Report of the King Institute of Preventive Medicine, Guindy
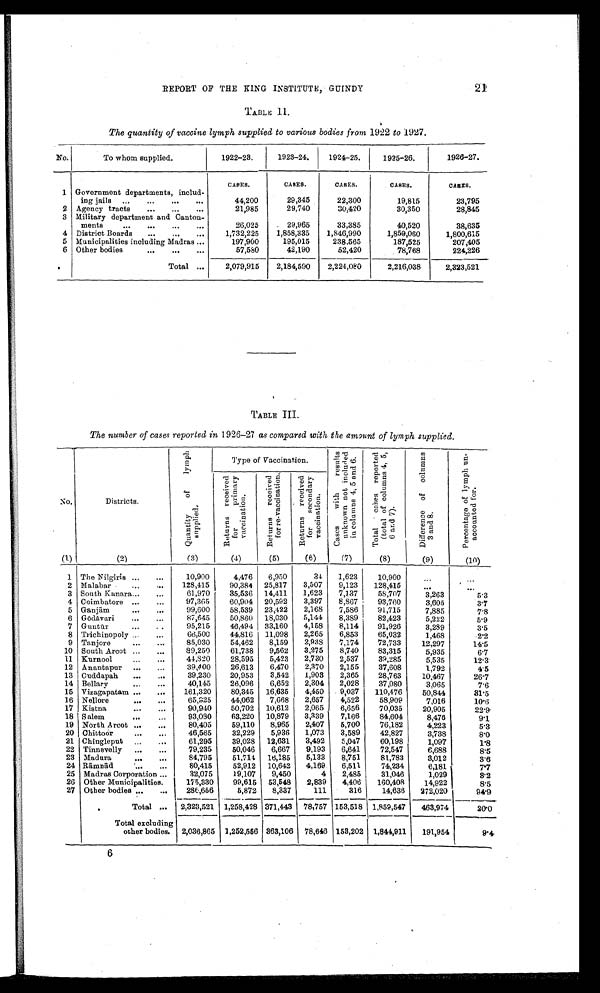
21
REPORT OF THE KING INSTITUTE, GUINDY
TABLE II.
The quantity of vaccine lymph supplied to various bodies from 1922 to 1927.
No.
To whom supplied.
1922-23.
1923-24.
1924-25.
1925-26.
1926-27.
1 Government departments, includ
-ing jails . . .
CASES.
CASES.
CASES.
CASES.
CASES.
22,300
19,815
44,200
29,345
23,795
2 Agency tracts . . .
29,740
30,420
30,350
28,845
21,985
3 Military department and Canton
-ments . . .
29,965
38,635
26,025
33,385
40,520
4
1,732,225
1,858,335
1,846,990
District Boards . . .
1,859,060
1,800,615
195,015
5 Municipalities including Madras . . .
197,900
187,525
238,565
207,405
6
42,190
Other bodies . . .
57,580
52,420
224,226
78,768
Total . . .
2,079,915
2,184,590
2,224,080
2,216,038
2,323,521
TABLE III.
The number of cases reported in 1926-27 as compared with the amount of lymph supplied.
No.
Districts.
Q u a n t i t y o f l y m p h s u p p l i e d .
Type of Vaccination.
C a s e s w i t h r e s u l t s u n k n o w n n o t i n c l u d e d i n c o l u m n s 4 , 5 a n d 6 .
T o t a l c a s e s r e p o e t e d ( t o t a l o f c o l u m n s 4 , 5 , 6 a n d 7 )
D i f f e r e n c e o f c o l u m n s 3 a n d 8 .
P e r c e n t a g e o f l y m p h u n - a c c o u n t e d f o r .
R e t u r n s r e c e i v e d f o r p r i m a r y v a c c i n a t i o n
R e t u r n s r e c e i v e d f o r r e - v a c c i n a t i o n .
R e t u r n s r e c e i v e d f o r s e c o n d a r y v a c c i n a t i o n .
(1)
(2)
(3)
(4)
(5)
(6)
(7)
(8)
(9)
(10)
1 The Nilgiris . . .
10,900
4,476
6,950
34
1,623
10,900
. . .
. . .
2 Malabar . . .
128,415
90,384
25,817
3,507
9,123
128,415
. . .
. . .
3 South Kanara . . .
61,970
35,536
14,411
1,623
7,137
58,707
3,263
5.3
4 Coimbatore . . .
97,365
60,904
20,592
3,397
8,867
93,760
3,605
3.7
5 Ganjām . . .
99,600
58,539
23,422
2,168
7,586
91,715
7,885
7.8
6 Gō dāvari . . .
87,645
50,860
18,030
5,144
8,389
82,423
5,222
5.9
7 Guntū r . . .
95,215
46,494
33,160
4,158
8,114
91,926
3,289
3.5
8 Trichinopoly . . .
66,500
44,816
11,098
2,265
6,853
65,032
1,468
2.2
9 Tanjore . . .
85,030
54,462
8,159
2,938
7,174
72,733
12,297
14.5
10 South Arcot . . .
89,250
61,738
9,562
3,275
8,740
83,315
5,935
6.7
11 Kurnool . . .
44,820
28,595
5,423
2,730
2,537
39,285
5,535
12.3
12 Anantapur . . .
39,400
26,613
6,470
2,370
2,155
37,608
1,792
4.5
13 Cuddapah . . .
39,230
20,953
3,542
1,903
2,365
28,763
10,467
26.7
14 Bellary . . .
40,145
26,096
6,652
2,304
2,028
37,080
3,065
7.6
161,320
80,345
16,635
4,459
9,037
110,476
50,844
15 Vizagapatam . . .
31.5
16 Nellore . . .
65,925
44,062
7,668
2,657
4,522
58,909
7,016
10.6
17 Kistna . . .
90,940
50,702
10,612
2,065
6,656
70,035
20,905
22.9
18 Salem . . .
93,080
63,220
10,879
3,339
7,166
84,604
8,476
9 . 1
19 North Arcot . . .
80,405
59,110
8,965
2,407
5,700
76,182
4,223
5.3
20 Chittoor . . .
46,565
32,229
5,936
1,073
3,589
42,827
3,738
8.0
21 Chingleput . . .
61,295
39,028
12,631
3,492
5,047
60,198
1,097
1.8
22 Tinnevelly . . .
79,235
50,046
6,667
9,193
6,641
72,547
6,688
8.5
23 Madura . . .
84,795
51,714
16,185
5,133
8,751
81,783
3,012
3.6
24 Rāmnād . . .
80,415
52,912
10,642
4,169
6,511
74,234
6,181
7.7
25 Madras Corporation . . .
32,075
19,107
9,450
4
2,485
31,046
1,029
8.2
26 Other Municipalities.
175,330
99,615
53,548
2,839
4,406
160,408
14,922
8.5
27 Other bodies . . .
286,656
8,337
111
316
14,636
272,020
5,872
94.9
Total . . .
2,323,521 1,258,428 371,443
78,757 153,518 1,859,547
463,974
20.0
Total excluding
other bodies.
2,036,865 1,252,556 363,106 78,646 153,202 1,844,911
191,954
9.4
6